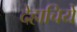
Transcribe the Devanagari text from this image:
देहाचिये